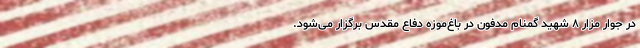
در جوار مزار ۸ شهید گمنام مدفون در باغ‌موزه دفاع مقدس برگزار می‌شود.